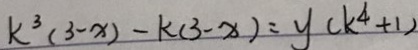
k ^ { 3 } ( 3 - x ) - k ( 3 - x ) = y ( k ^ { 4 } + 1 )